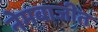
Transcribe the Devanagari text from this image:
नेमबाजीत